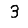
Digit: 3